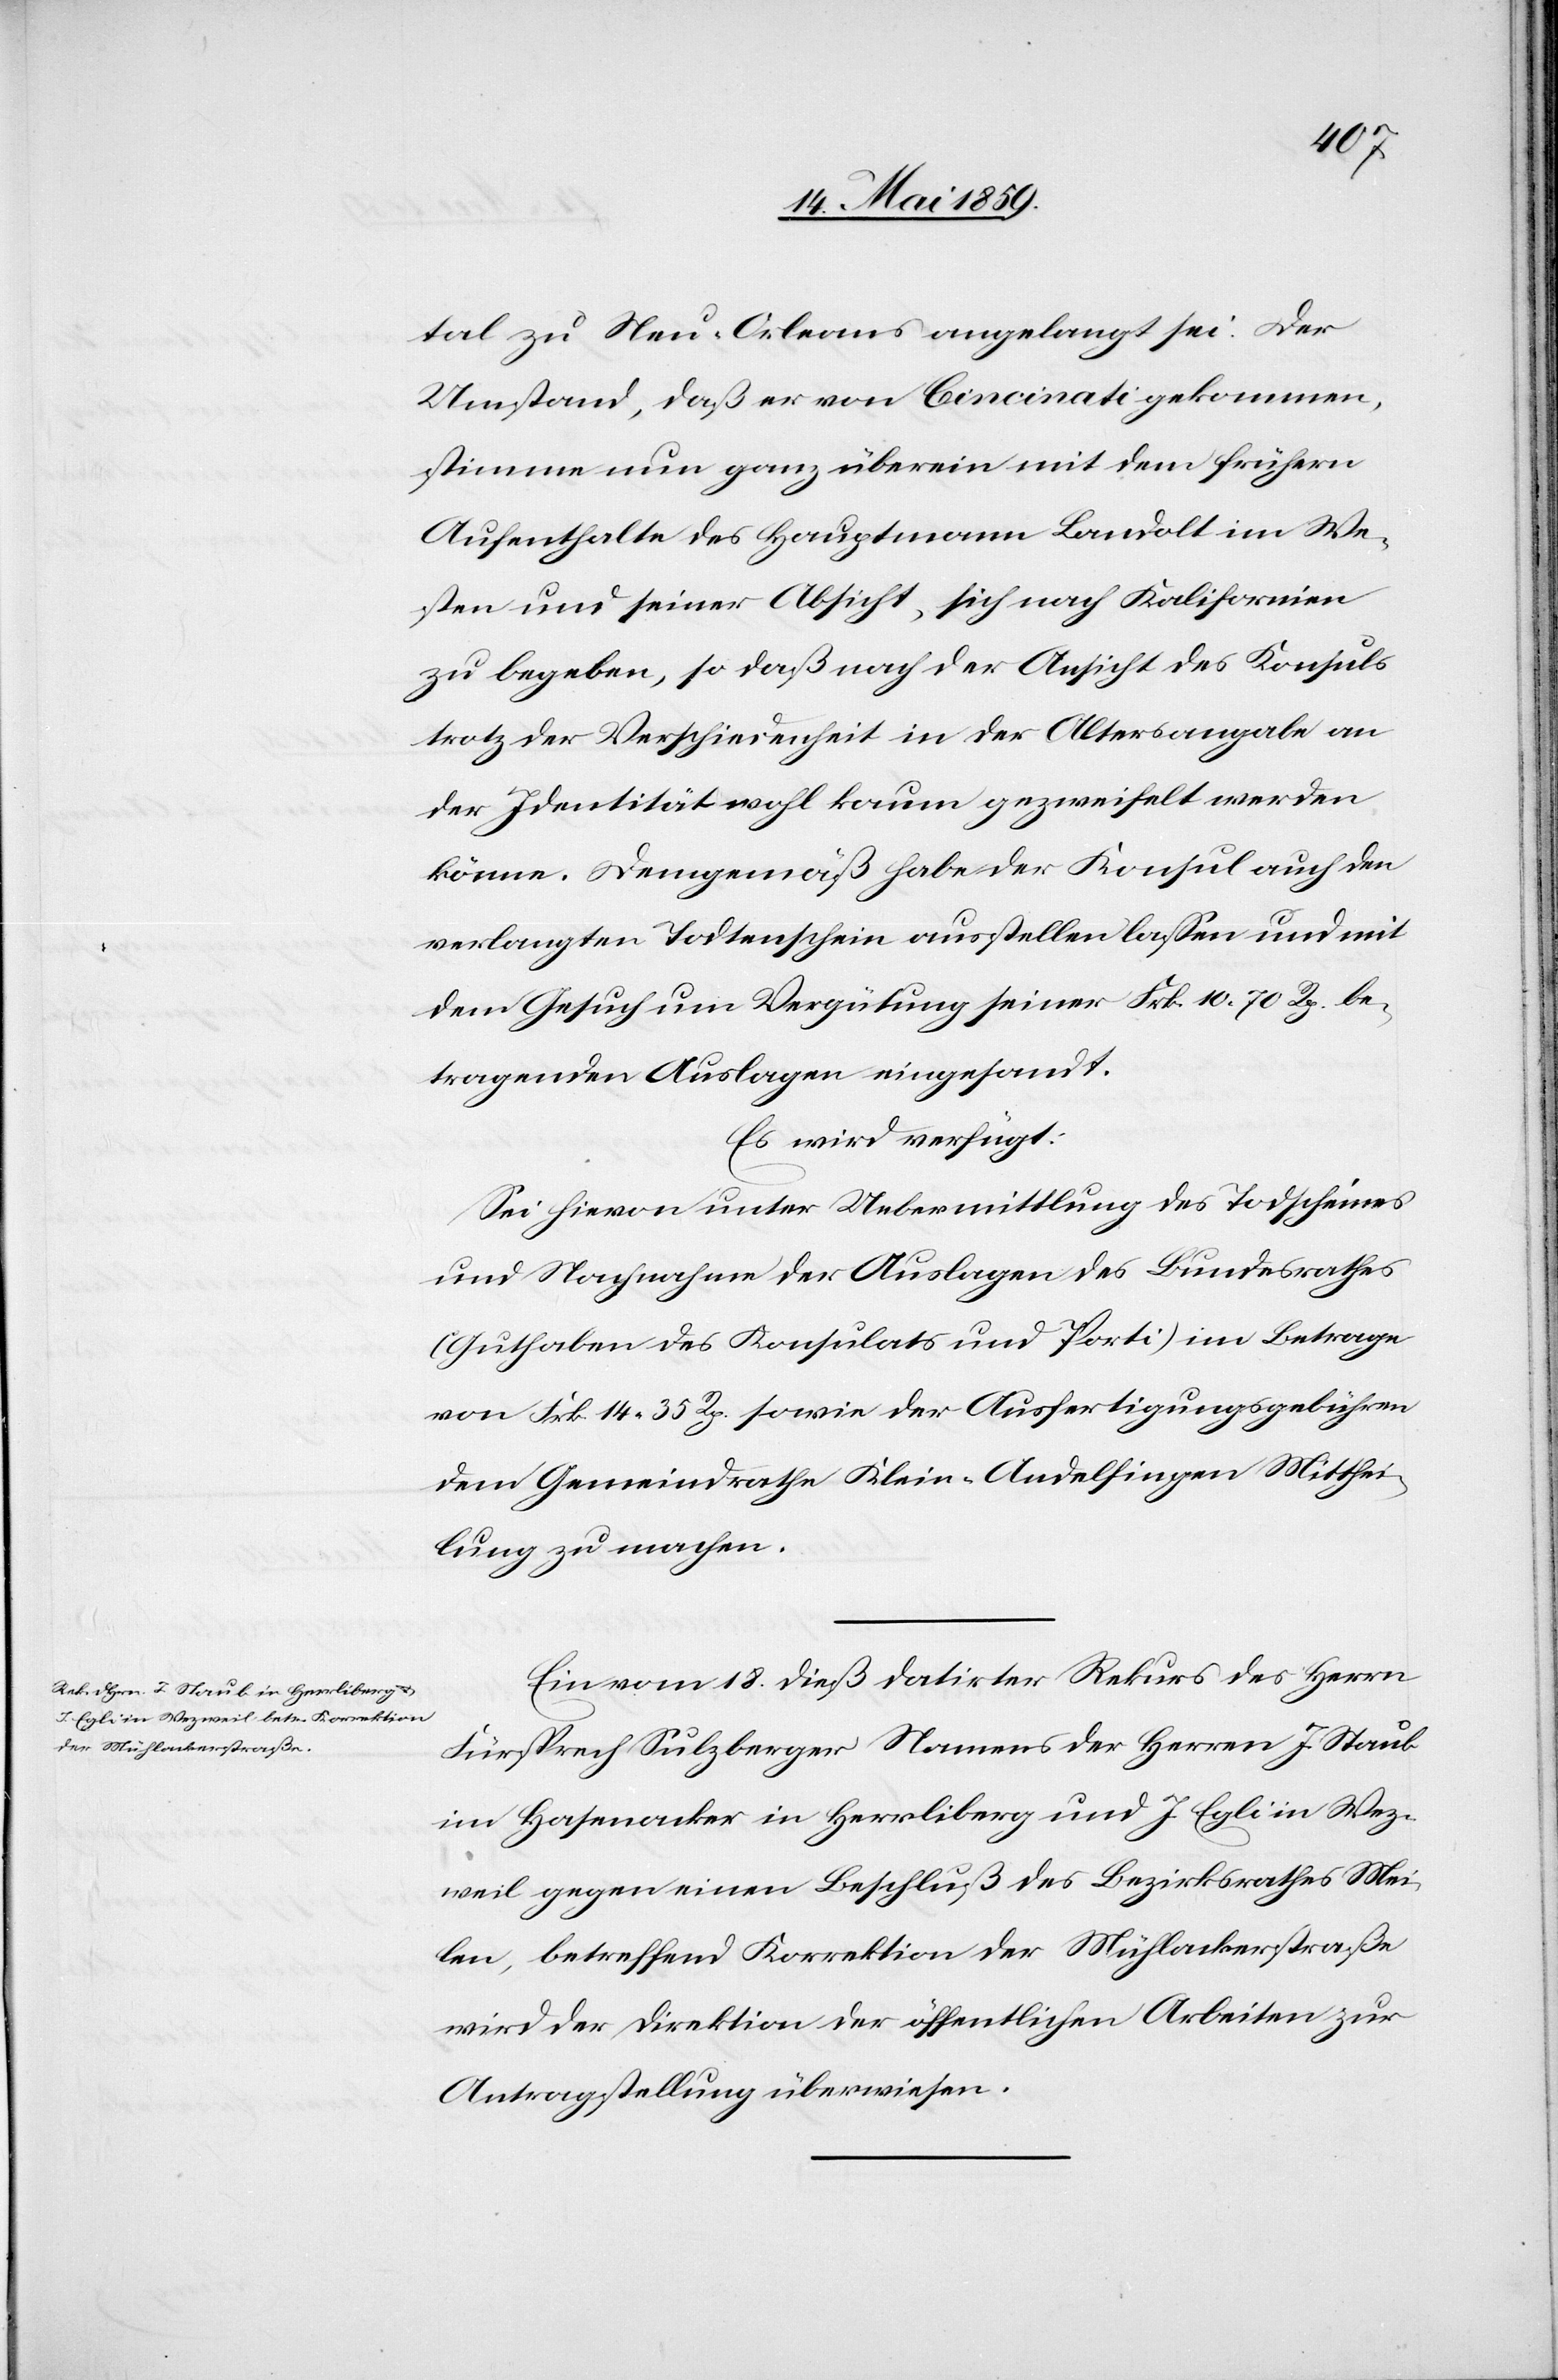
19. Mai 1859.]
tal zu Neu-Orleans angelangt sei. Der
Umstand, daß er von Cincinati gekommen,
stimme nun ganz überein mit dem frühern
Aufenthalte des Hauptmann Landolt im We¬
sten und seiner Absicht, sich nach Kalifornien
zu begeben, so daß nach der Ansicht des Konsuls
trotz der Verschiedenheit in der Altersangabe an
der Identität wohl kaum gezweifelt werden
könne. Demgemäß habe der Konsul auch den
verlangten Todtschein ausstellen laßen und mit
dem Gesuch um Vergütung seiner Frk. 10.70 Rp. be¬
tragenden Auslagen eingesandt.
Es wird verfügt:
Sei hievon unter Uebermittlung des Todscheines
und Nachnahme der Auslagen des Bundesrathes
(Guthaben des Konsulats und Porti) im Betrage
von Frk. 14.35 Rp. sowie der Ausfertigungsgebühren
dem Gemeindrathe Klein-Andelfingen Mitthei¬
lung zu machen.
Ein vom 18. dieß datirter Rekurs des Herrn
Fürsprech Sulzberger Namens der Herren J. Staub
im Hasenacker in Herrliberg und J. Egli in Wez¬
weil gegen einen Beschluß des Bezirksrathes Mei¬
len, betreffend Korrektion der Mühlackerstraße
wird der Direktion der öffentlichen Arbeiten zur
Antragstellung überwiesen.